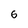
Character: 6